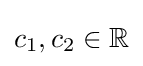
c_{1},c_{2}\in \mathbb {R}